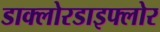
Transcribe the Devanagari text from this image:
डाक्लोरडाइफ्लोर